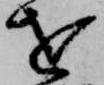
を